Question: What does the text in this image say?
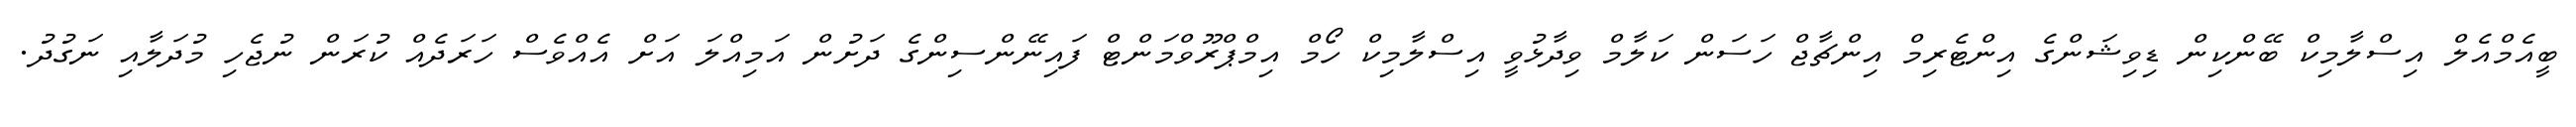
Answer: ބީއެމްއެލް އިސްލާމިކް ބޭންކިން ޑިވިޝަންގެ އިންޓެރިމް އިންޗާޖް ހަސަން ކަލާމް ވިދާޅުވީ އިސްލާމިކް ހޯމް އިމްޕްރޫވްމަންޓް ފައިނޭންސިންގެ ދަށުން އަމިއްލަ އަށް އެއްވެސް ހަރަދެއް ކުރަން ނުޖެހި މުދަލާއި ނަގުދު.